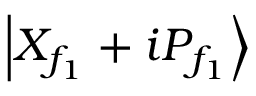
\left| { { { X } _ { { f } _ { 1 } } } + i { { P } _ { { f } _ { 1 } } } } \right\rangle